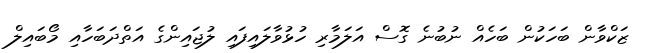
ޒަކްވާން ބަހަކުން ބަހެއް ނުބުނެ ގޮސް އަލަމާރި ހުޅުވާލައިފައި ލުޖައިންގެ އަތްދަބަހާއި މޯބައިލް